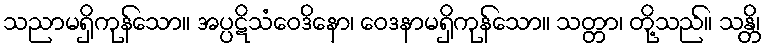
သညာမရှိကုန်သော။ အပ္ပဋိသံဝေဒိနော၊ ဝေဒနာမရှိကုန်သော။ သတ္တာ၊ တို့သည်။ သန္တိ၊